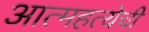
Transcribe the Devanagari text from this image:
आत्महत्येची